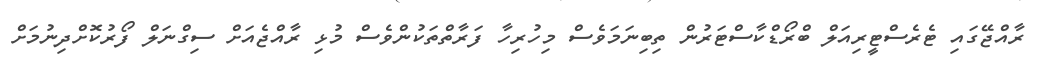
ރާއްޖޭގައި ޓެރެސްޓީރިއަލް ބްރޯޑްކާސްޓަރުން ތިބިނަމަވެސް މިހުރިހާ ފަރާތްތަކުންވެސް މުޅި ރާއްޖެއަށް ސިގްނަލް ފޯރުކޮށްދިނުމަށް